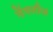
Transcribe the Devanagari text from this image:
मेंगनीज